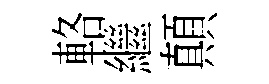
輅繼顛